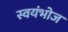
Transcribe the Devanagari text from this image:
स्वयंभोज